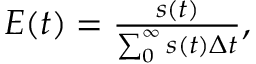
\begin{array} { r } { E ( t ) = \frac { s ( t ) } { \sum _ { 0 } ^ { \infty } s ( t ) \Delta t } , } \end{array}